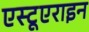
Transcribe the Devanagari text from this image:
एस्टूएराइन